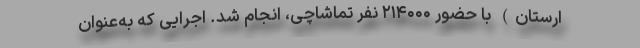
ارستان) با حضور ۲۱۴۰۰۰ نفر تماشاچی، انجام شد. اجرایی که به‌عنوان